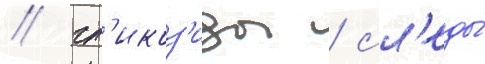
/ гл'икоз'иды / сл'еды́